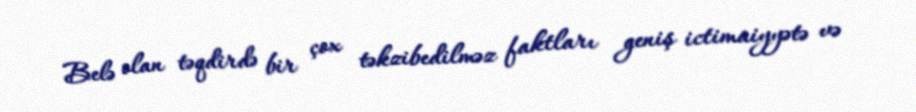
Belə olan təqdirdə bir çox təkzibedilməz faktları geniş ictimaiyyətə və